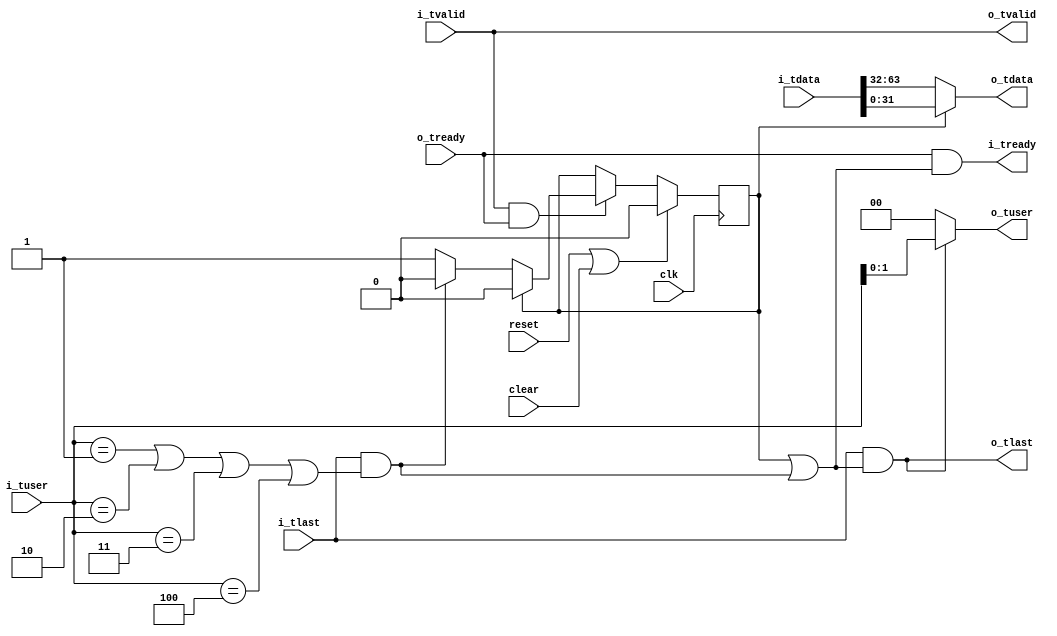
//
// Copyright 2014 Ettus Research LLC
//

module axi_fifo64_to_fifo32
  (input clk, input reset, input clear,
   input [63:0] i_tdata, input [2:0] i_tuser, input i_tlast, input i_tvalid, output i_tready,
   output [31:0] o_tdata, output [1:0] o_tuser, output o_tlast, output o_tvalid, input o_tready
   );

   wire 	 short_last = i_tlast & ((i_tuser == 3'd1) | (i_tuser == 3'd2) | (i_tuser == 3'd3) | (i_tuser == 3'd4));
   
   reg 		 state;
   always @(posedge clk)
     if(reset | clear)
       state <= 1'b0;
     else
       if(i_tvalid & o_tready)
	 case(state)
	   1'b0 :
	     if(~short_last)
	       state <= 1'b1;
	   1'b1 :
	     state <= 1'b0;
	 endcase // case (state)
   
   assign o_tdata = (state == 0) ? i_tdata[63:32] : i_tdata[31:0];
   assign o_tuser = o_tlast ? i_tuser[1:0] : 2'd0;
   assign o_tlast = i_tlast & ((state == 1'b1) | short_last);

   assign o_tvalid = i_tvalid;
   assign i_tready = o_tready & ((state == 1'b1) | short_last);
   		    
endmodule // axi_fifo64_to_fifo32